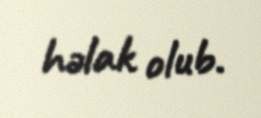
həlak olub.